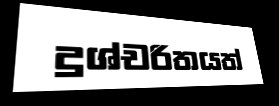
දුශ්චරිතයත්